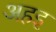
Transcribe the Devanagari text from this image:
अहइ